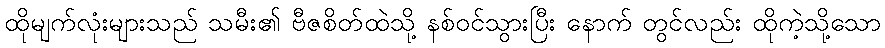
ထိုမျက်လုံးများသည် သမီး၏ ဗီဇစိတ်ထဲသို့ နစ်ဝင်သွားပြီး နောက် တွင်လည်း ထိုကဲ့သို့သော